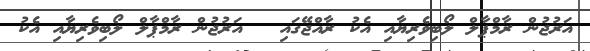
އަރުޖުން ރާމްޕާލް ލޯބިވެރިޔާއި އެކު ރާއްޖޭގައި  	އަރުޖުން ރާމްޕާލް ލޯބިވެރިޔާއި އެކު